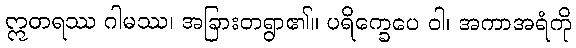
ဣတရဿ ဂါမဿ၊ အခြားတရွာ၏။ ပရိက္ခေပေ ဝါ၊ အကာအရံကို